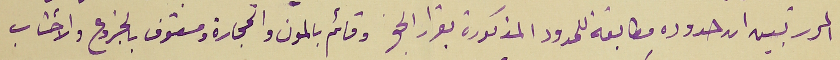
المحرر تبين ان حدوده مطابقة للحدود المذكورة بقرار الحق وقائم بالمون والحجارة ومسقوف بالجزوع والاخشاب